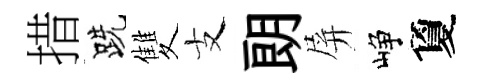
措跣雙支朗屏峥夐